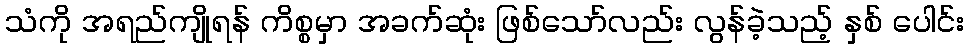
သံကို အရည်ကျိုရန် ကိစ္စမှာ အခက်ဆုံး ဖြစ်သော်လည်း လွန်ခဲ့သည့် နှစ် ပေါင်း